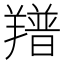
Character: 𦏏